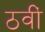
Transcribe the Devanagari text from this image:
ठवीं